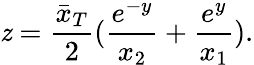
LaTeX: \mathit{z}={\frac{{\bar{{x}}_{T}}}{{2}}}({\frac{{e^{-y}}}{{x_{2}}}}+{\frac{{e^{y}}}{{x_{1}}}}).